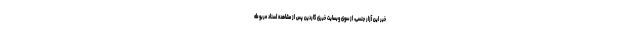
خبر این آزار جنسی، از سوی وبسایت خبری گاردین پس از مشاهده اسناد مربوطه